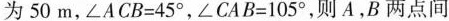
为50m，$$∠ A C B = 4 5 °$$，$$∠ C A B = 1 0 5 °$$，则A，B两点间